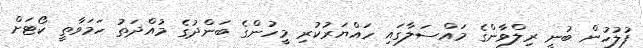
ފުލުހުން ބުނީ ރިލްވާންގެ މައްސަލާގައި ހައްޔަރުކުރި މީހުންގެ ބަންދުގެ މުއްދަތު ހަމަވާތީ ކޯޓަށް